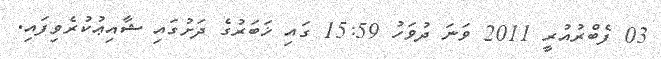
03 ފެބްރުއުރީ 2011 ވަނަ ދުވަހު 15:59 ގައި ޚަބަރުގެ ދަށުގައި ޝާއިޢުކުރެވިފައި.